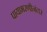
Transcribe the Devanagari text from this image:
पायाभरणीनंतर